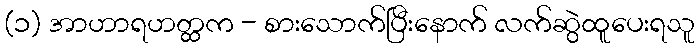
(၁) အာဟာရဟတ္ထက - စားသောက်ပြီးနောက် လက်ဆွဲထူပေးရသူ